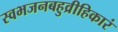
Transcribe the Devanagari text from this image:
स्वभजनबहुव्रीहिकारं